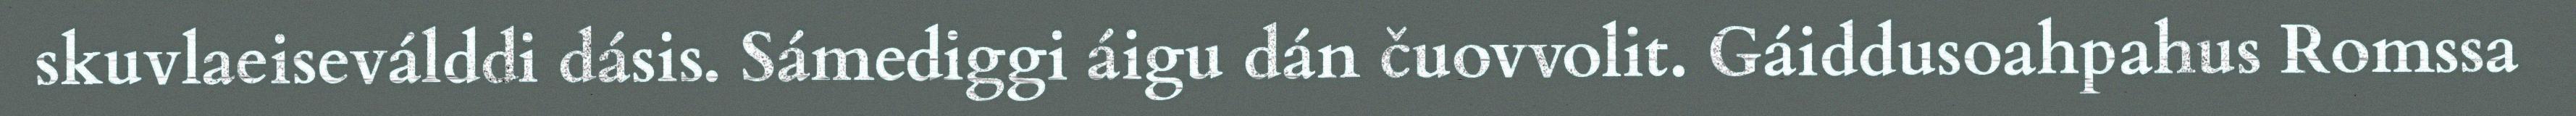
skuvlaeiseválddi dásis. Sámediggi áigu dán čuovvolit. Gáiddusoahpahus Romssa